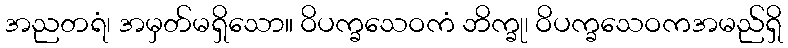
အညတရံ၊ အမှတ်မရှိသော။ ဝိပက္ခသေဝကံ ဘိက္ခု၊ ဝိပက္ခသေဝကအမည်ရှိ